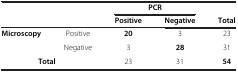
| <COLSPAN=2>  | <COLSPAN=2> PCR |  |
 |  |  | Positive | Negative | Total |
 | --- | --- | --- | --- | --- |
 | <ROWSPAN=2> Microscopy | Positive | 20 | 3 | 23 |
 | Negative | 3 | 28 | 31 |
 | <COLSPAN=2> Total | 23 | 31 | 54 |